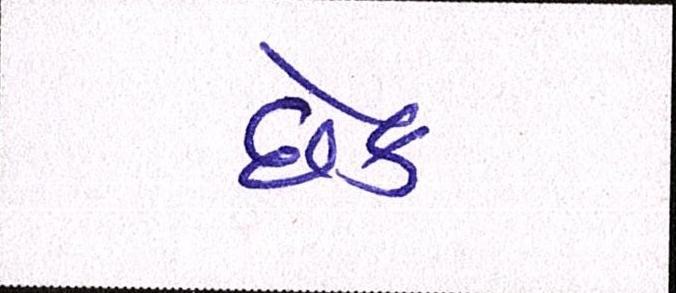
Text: છેક